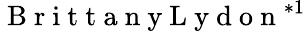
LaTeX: \mathrm{~B~r~i~t~t~a~n~y~L~y~d~o~n~}^{*1}